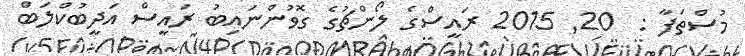
މުސްތަފާ :  20